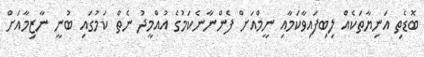
ބޮޑެތި އަނިޔާތަކެއް ލިބިފައިވާކަމާއި ނީމްއަށް ފެންނާނެކަމުގެ އުއްމީދު ނެތް ކަމުގައި ބުނީ ނާޒިމާއަށް